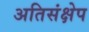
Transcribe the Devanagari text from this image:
अतिसंक्षेप